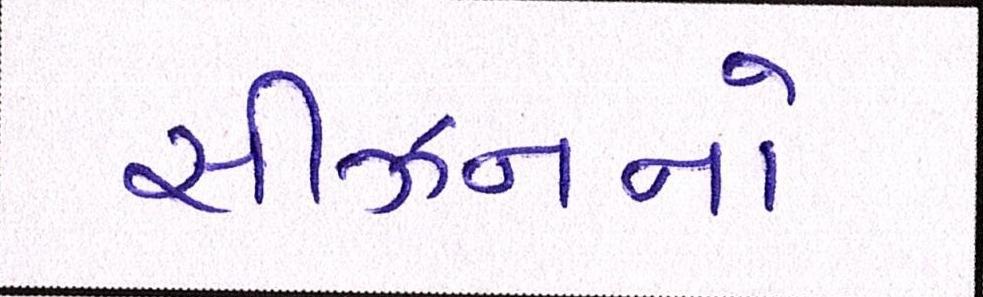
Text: સીઝનનો